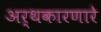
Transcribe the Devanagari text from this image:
अर्थकारणारे